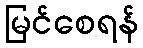
မြင်စေရန်